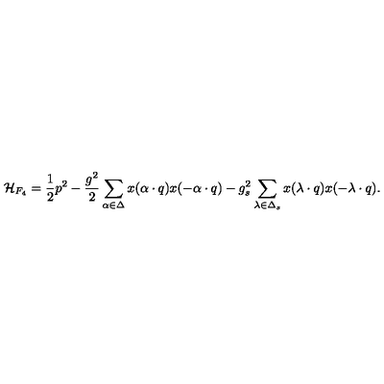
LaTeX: { \cal H } _ { F _ { 4 } } = { \frac { 1 } { 2 } } p ^ { 2 } - { \frac { g ^ { 2 } } { 2 } } \sum _ { \alpha \in \Delta } x ( \alpha \cdot q ) x ( - \alpha \cdot q ) - { g _ { s } ^ { 2 } } \sum _ { \lambda \in \Delta _ { s } } x ( \lambda \cdot q ) x ( - \lambda \cdot q ) .